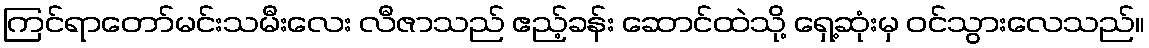
ကြင်ရာတော်မင်းသမီးလေး လီဇာသည် ဧည့်ခန်း ဆောင်ထဲသို့ ရှေ့ဆုံးမှ ဝင်သွားလေသည်။